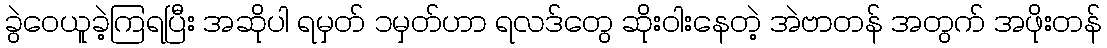
ခွဲဝေယူခဲ့ကြရပြီး အဆိုပါ ရမှတ် ၁မှတ်ဟာ ရလဒ်တွေ ဆိုးဝါးနေတဲ့ အဲဗာတန် အတွက် အဖိုးတန်